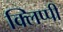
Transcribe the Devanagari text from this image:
क्लिप्पी